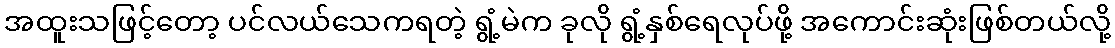
အထူးသဖြင့်တော့ ပင်လယ်သေကရတဲ့ ရွံ့မဲက ခုလို ရွံ့နှစ်ရေလုပ်ဖို့ အကောင်းဆုံးဖြစ်တယ်လို့